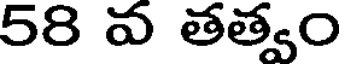
58 వ తత్వం